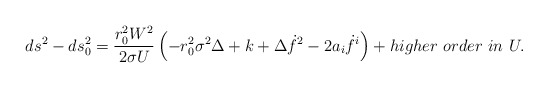
\begin{align*}ds^2 - ds^2_0 = {{r_0^2 W^2} \over {2 \sigma U}} \left( - r_0^2 \sigma^2 \Delta + k + \Delta \dot{f}^2 - 2 a_i \dot{f}^i \right)+ higher \ order \ in \ U.\end{align*}